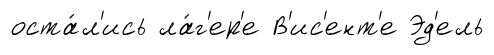
оста́л'ись ла́г'ер'е В'ис'ент'е Эд'ель